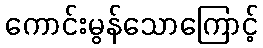
ကောင်းမွန်သောကြောင့်